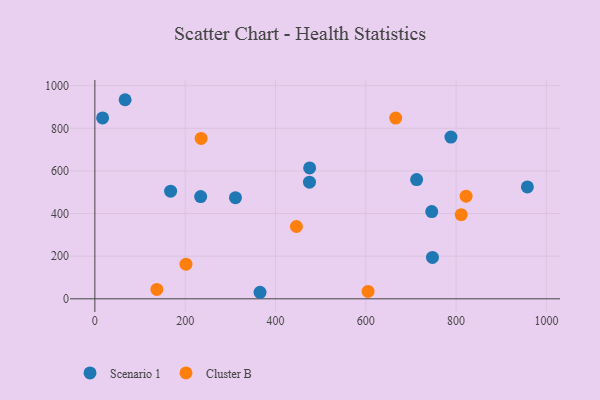
{"axis": {"x": "Engine Size", "y": "Rating"}, "legend": ["Cluster B", "Scenario 1"], "data": [{"x": "957.9", "y": 525.2, "type": "Scenario 1"}, {"x": "788.6", "y": 759.0, "type": "Scenario 1"}, {"x": "475.3", "y": 547.2, "type": "Scenario 1"}, {"x": "234.3", "y": 479.7, "type": "Scenario 1"}, {"x": "712.6", "y": 559.4, "type": "Scenario 1"}, {"x": "67.0", "y": 934.1, "type": "Scenario 1"}, {"x": "17.2", "y": 848.5, "type": "Scenario 1"}, {"x": "747.7", "y": 194.3, "type": "Scenario 1"}, {"x": "167.8", "y": 504.9, "type": "Scenario 1"}, {"x": "746.1", "y": 409.5, "type": "Scenario 1"}, {"x": "475.7", "y": 614.3, "type": "Scenario 1"}, {"x": "365.8", "y": 30.7, "type": "Scenario 1"}, {"x": "311.4", "y": 474.5, "type": "Scenario 1"}, {"x": "137.3", "y": 44.0, "type": "Cluster B"}, {"x": "605.1", "y": 34.6, "type": "Cluster B"}, {"x": "446.4", "y": 339.3, "type": "Cluster B"}, {"x": "201.8", "y": 162.6, "type": "Cluster B"}, {"x": "235.3", "y": 752.3, "type": "Cluster B"}, {"x": "666.2", "y": 848.2, "type": "Cluster B"}, {"x": "811.4", "y": 394.8, "type": "Cluster B"}, {"x": "822.2", "y": 481.4, "type": "Cluster B"}]}